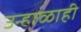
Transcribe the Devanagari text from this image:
उन्हाळाही